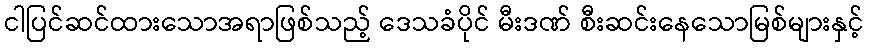
ငါပြင်ဆင်ထားသောအရာဖြစ်သည့် ဒေသခံပိုင် မီးဒဏ် စီးဆင်းနေသောမြစ်များနှင့်